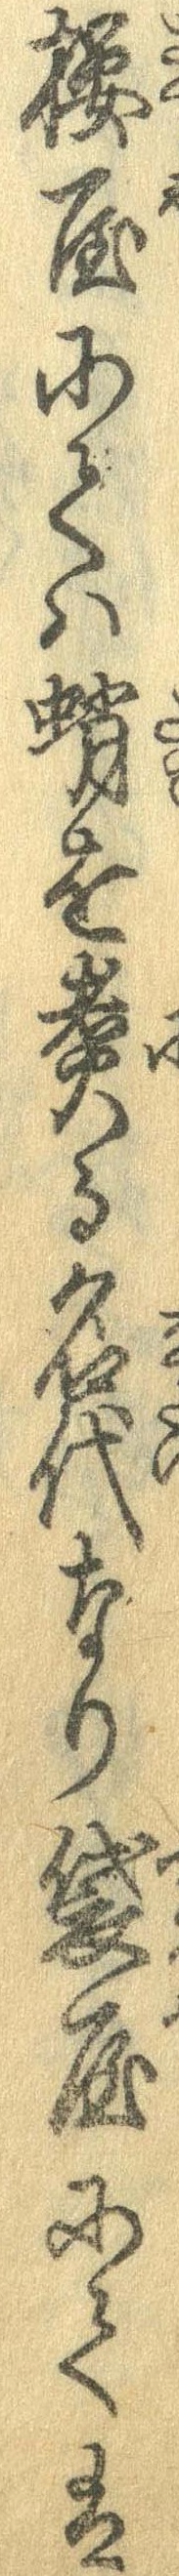
桜屋にては蛸を煮る名代なり袋屋にては